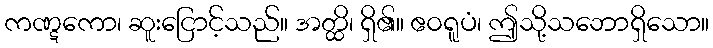
ကဏ္ဋကော၊ ဆူးငြောင့်သည်။ အတ္ထိ၊ ရှိ၏။ ဧဝရူပံ၊ ဤသို့သဘောရှိသော။